Report on lock hospitals in British Burma
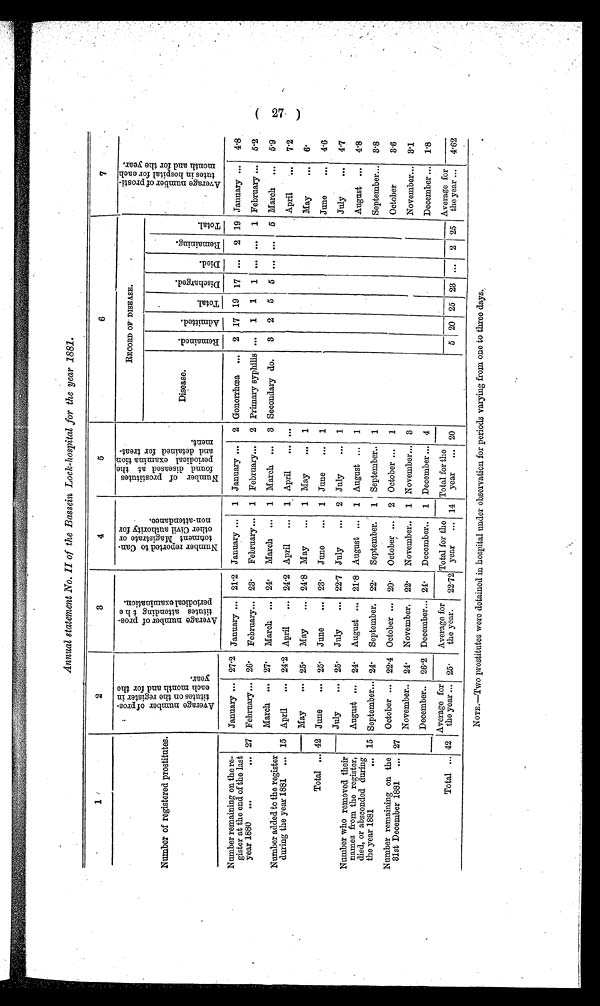
Annual statement No. II of the Bassein Lock-hospital for the year 1881.
1
2
3
4
5
6
7
Number of registered prostitutes.
a v e r a g e n u m b e r o f p r o s - t i t u t e s o n t h e r e g i s t e r i n e a c h m o n t h a n d f o r t h e y e a r .
A v e r a g e n u m b e r o f p r o s - t i t u t e s a t t e n d i n g t h e p e r i o d i c a l e x a m i n a t i o n .
N u m b e r r e p o r t e d t o C a n - t o n m e n t M a g i s t r a t e o r o t h e r C i v i l a u t h o r i t y f o r n o n - a t t e n d a n c e .
N u m b e r o f p r o s t i t u t e s f o u n d d i s e a s e d a t t h e p r i o d i c a l e x a m i n a t i o n a n d d e t a i n e d f o r t r e a t - m e n t .
RECORD OF DISEASE.
A v e r a g e n u m b e r o f p r o s t i - t u t e s i n h o s p i t a l f o r e a c h m o n t h a n d f o r t h e y e a r .
Disease.
R e m a i n e d .
A d m i t t e d .
T o t a l .
D i s c h a r g e d .
D i e d .
R e m a i n i n g .
T o t a l .
Number remaining on the re-
gister at the end of the last
year 1880
...
... 27
January ... 27.2 January ... 21.2 January ...
1 January ...
2 Gonorrhœa ...
2 17 19 17 ...
2 19 January ...
4.8
February ... 26.
February... 23.
February ...
1 February...
2 Primary syphilis ...
1
1
1 ... ...
1 February ...
5.2
Number added to the register
during the year 1881
... 15
March ... 27.
March ... 24.
March ...
1 March ...
3 Secondary do.
3
2
5
5
...
...
5 March
...
5.9
April
... 24.2 April
... 24.2 April
...
1 April
... ...
April
....
7.2
May
... 25.
May
... 24.8 May
...
1 May
...
1
May
...
6.
Total ... — 42
—
June
... 25.
June
... 23.
June
...
1 June
...
1
June
4.6
July
...
25.
July
... 22.7 July
...
2 July
...
1
July
4.7.
Number who removed their
names from the register,
died, or absconded during
the year 1881
...
-
15
August ...
24.
August ... 21.8 August ...
1 August ...
1
August ...
4.8
September... 24.
September.
22.
September,
1 September..
1
September...
3.8
Number remaining on the
31st December 1881
... 27
October ... 22. 4 October ... 20.
October ...
2 October ...
1
October
3.6
November.. 24.
November.
22.
November..
1 November... 3
November...
3.1
December..
26. 2 December... 24.
December..
1 December ... 4
December ...
1.8
Total ... 42
Average for
the year ... 25.
Average for
the year.
22.72
Total for the
year
... 14
Total for the
year
... 20
Average for
the year ...
5 20
23
25
2 25
4.62
NOTE.-Two prostitutes were detained in hospital under observation for periods varying from one to three days.,
27